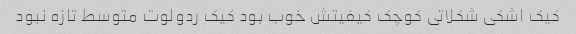
کیک اشکی شکلاتی کوچک کیفیتش خوب بود کیک ردولوت متوسط تازه نبود